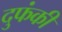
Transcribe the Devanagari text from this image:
दुफंकी